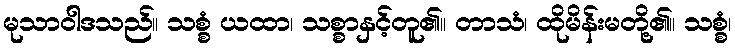
မုသာဝါဒသည်။ သစ္စံ ယထာ၊ သစ္စာနှင့်တူ၏။ တာသံ၊ ထိုမိန်းမတို့၏။ သစ္စံ၊